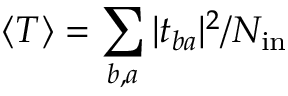
\langle T \rangle = \sum _ { b , a } | t _ { b a } | ^ { 2 } / N _ { \mathrm { i n } }